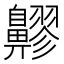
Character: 𪖷